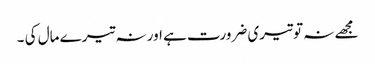
مجھے نہ تو تیری ضرورت ہے اور نہ تیرے مال کی ۔